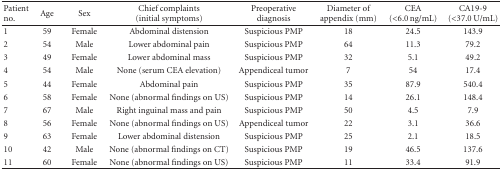
<table><thead><tr><td><b>Patient no.</b></td><td><b>Age </b></td><td><b>Sex </b></td><td><b>Chief complaints (initial symptoms)</b></td><td><b>Preoperative diagnosis</b></td><td><b>Diameter of appendix (mm)</b></td><td><b>CEA (&lt;6.0 ng/mL)</b></td><td><b>CA19-9 (&lt;37.0 U/mL)</b></td></tr></thead><tbody><tr><td>1</td><td>59</td><td>Female </td><td>Abdominal distension</td><td>Suspicious PMP</td><td>18</td><td>24.5</td><td>143.9</td></tr><tr><td>2</td><td>54</td><td>Male </td><td>Lower abdominal pain</td><td>Suspicious PMP</td><td>64</td><td>11.3</td><td>79.2</td></tr><tr><td>3</td><td>49</td><td>Female </td><td>Lower abdominal mass</td><td>Suspicious PMP</td><td>32</td><td>5.1</td><td>49.2</td></tr><tr><td>4</td><td>54</td><td>Male </td><td>None (serum CEA elevation)</td><td>Appendiceal tumor</td><td>7</td><td>54</td><td>17.4</td></tr><tr><td>5</td><td>44</td><td>Female </td><td>Abdominal pain</td><td>Suspicious PMP</td><td>35</td><td>87.9</td><td>540.4</td></tr><tr><td>6</td><td>58</td><td>Female </td><td>None (abnormal findings on US)</td><td>Suspicious PMP</td><td>14</td><td>26.1</td><td>148.4</td></tr><tr><td>7</td><td>67</td><td>Male </td><td>Right inguinal mass and pain</td><td>Suspicious PMP</td><td>50</td><td>4.5</td><td>7.9</td></tr><tr><td>8</td><td>56</td><td>Female </td><td>None (abnormal findings on US)</td><td>Appendiceal tumor</td><td>22</td><td>3.1</td><td>36.6</td></tr><tr><td>9</td><td>63</td><td>Female </td><td>Lower abdominal distension</td><td>Suspicious PMP</td><td>25</td><td>2.1</td><td>18.5</td></tr><tr><td>10</td><td>42</td><td>Male </td><td>None (abnormal findings on CT)</td><td>Suspicious PMP</td><td>19</td><td>46.5</td><td>137.6</td></tr><tr><td>11</td><td>60</td><td>Female </td><td>None (abnormal findings on US)</td><td>Suspicious PMP</td><td>11</td><td>33.4</td><td>91.9</td></tr></tbody></table>